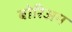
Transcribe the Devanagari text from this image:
बोरिअम